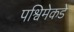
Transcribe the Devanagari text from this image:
पश्विमेकडे